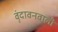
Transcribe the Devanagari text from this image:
वृंदावनवाली